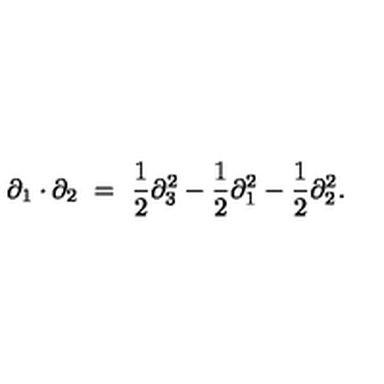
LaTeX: \partial _ { 1 } \cdot \partial _ { 2 } \ = \ \frac { 1 } { 2 } \partial _ { 3 } ^ { 2 } - \frac { 1 } { 2 } \partial _ { 1 } ^ { 2 } - \frac { 1 } { 2 } \partial _ { 2 } ^ { 2 } .